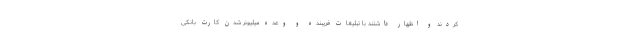
کردند و اظهار داشتند با تبلیغات فریبنده و وعده میلیونر شدن کارت بانکی